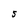
Character: S